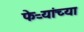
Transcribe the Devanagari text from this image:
फेऱ्यांच्या